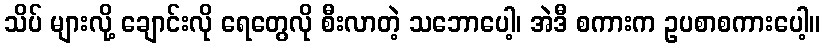
သိပ် များလို့ ချောင်းလို ရေတွေလို စီးလာတဲ့ သဘောပေါ့၊ အဲဒီ စကားက ဥပစာစကားပေါ့။